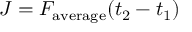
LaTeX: J = F _ { \mathrm { a v e r a g e } } ( t _ { 2 } - t _ { 1 } )